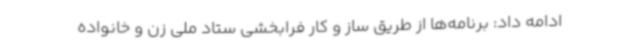
ادامه داد: برنامه‌ها از طریق ساز و کار فرابخشی ستاد ملی زن و خانواده